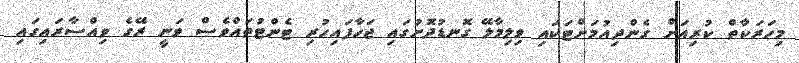
މިހަރަކާތް ކުރިއަށް ގެންދިއުމަށްޓަކައި ވިލިމާލޭ ގޮނޑުދޮށުގައި ޖަހާފައިހުރި ޓެންޓުތައްވެސް ވަނީ ރޭގެ ވިއްސާރައިގައި